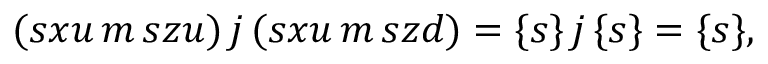
( s x u \, m \, s z u ) \, j \, ( s x u \, m \, s z d ) = \{ s \} \, j \, \{ s \} = \{ s \} ,